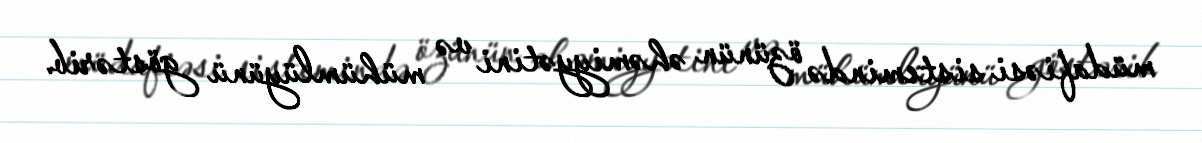
müdafiəsi sistemində özünün əhəmiyyətini və mühümlüyünü göstərib.